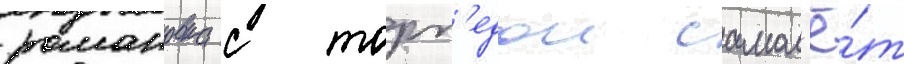
романовка с торп'едои самол'ё́т